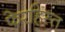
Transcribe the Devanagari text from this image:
फेरहिस्त